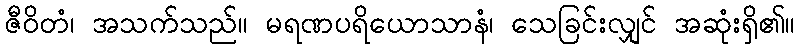
ဇီဝိတံ၊ အသက်သည်။ မရဏပရိယောသာနံ၊ သေခြင်းလျှင် အဆုံးရှိ၏။